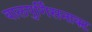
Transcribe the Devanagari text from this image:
वालपुर्गिसनाक्ट